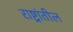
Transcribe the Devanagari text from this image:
राष्ट्रांतील